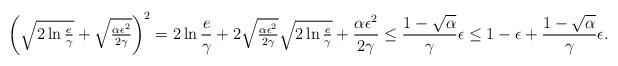
LaTeX: \begin{align*}\left(\sqrt{2\ln \tfrac{e}{\gamma}}+\sqrt{\tfrac{\alpha \epsilon^2}{2\gamma}}\right)^2=2\ln \frac{e}{\gamma}+2\sqrt{\tfrac{\alpha \epsilon^2}{2\gamma}} \sqrt{2\ln \tfrac{e}{\gamma}}+\frac{\alpha \epsilon^2}{2\gamma}\le \frac{1-\sqrt{\alpha}}{\gamma}\epsilon\le 1-\epsilon+\frac{1-\sqrt{\alpha}}{\gamma}\epsilon.\end{align*}